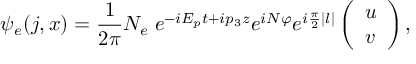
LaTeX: \psi _ { e } ( j , x ) = { \frac { 1 } { 2 \pi } } N _ { e } \; e ^ { - i E _ { p } t + i p _ { 3 } z } e ^ { i N \varphi } e ^ { i { \frac { \pi } { 2 } } | l | } \left( \begin{array} { l } { { u } } \\ { { v } } \end{array} \right) ,